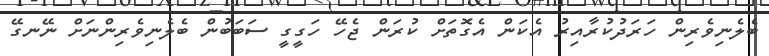
ބެލެނިވެރިން ހަރަދުކުރާއިރު އެކަން އެގޮތަށް ކުރަން ޖެހޭ ހަގީގީ ސަބަބުން ބެލެނިވެރިންނަށް ނޭނގޭ